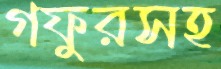
গফুরসহ